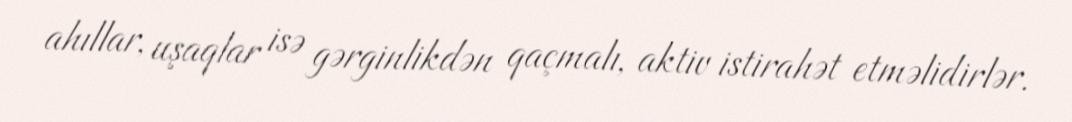
ahıllar, uşaqlar isə gərginlikdən qaçmalı, aktiv istirahət etməlidirlər.